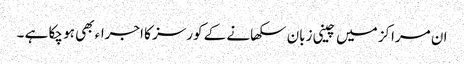
ان مراکز میں چینی زبان سکھانے کے کورسز کا اجراء بھی ہو چکا ہے ۔